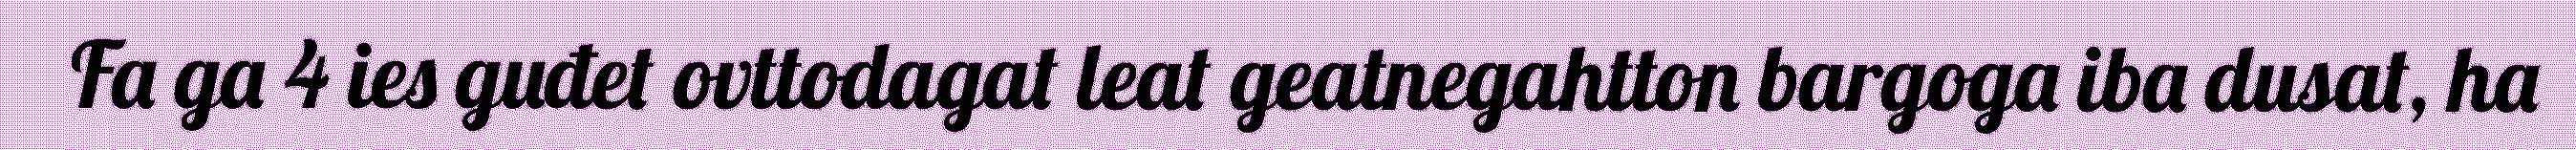
Fa ga 4 ies guđet ovttodagat leat geatnegahtton bargoga iba dusat, ha